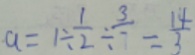
a = 1 \div \frac { 1 } { 2 } \div \frac { 3 } { 7 } = \frac { 1 4 } { 3 }